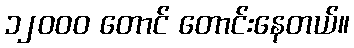
၁၂ဝဝဝ တောင် တောင်းနေတယ်။